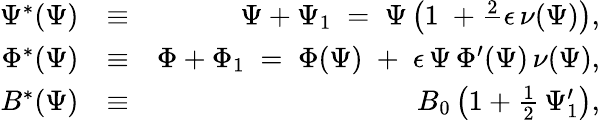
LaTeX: \begin{array}{rlr}{\Psi^{*}(\Psi)}&{\equiv}&{\Psi+\Psi_{1}\; =\; \Psi\left(1\; +\frac 2\, \epsilon\, \nu(\Psi)\right),}\\ {\Phi^{*}(\Psi)}&{\equiv}&{\Phi+\Phi_{1}\; =\; \Phi(\Psi)\; +\; \epsilon\, \Psi\, \Phi^{\prime}(\Psi)\, \nu(\Psi),}\\ {B^{*}(\Psi)}&{\equiv}&{B_{0}\left(1+\frac{1}{2}\, \Psi_{1}^{\prime}\right),}\end{array}